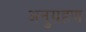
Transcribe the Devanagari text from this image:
अनुग्रहण